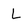
Character: L